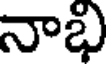
నాభి